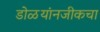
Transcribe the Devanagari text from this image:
डोळयांनजीकचा